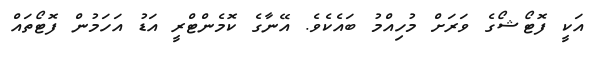
އަކީ ފޮޓޯޝޯގެ ވަރަށް މުހިއްމު ބައެކެވެ. އޭނާގެ ކޮމެންޓްރީ އަޑު އަހަމުން ފޮޓޯތައް